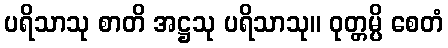
ပရိသာသု စာတိ အဋ္ဌသု ပရိသာသု။ ဝုတ္တမ္ပိ စေတံ